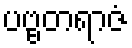
ပဗ္ဗတရာဇံ